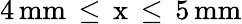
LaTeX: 4\, \mathrm{{mm}\, \leq\, x\, \leq\, 5\, \mathrm{{mm}}}